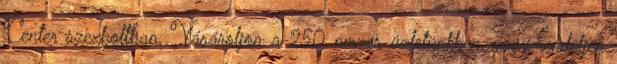
Center szexboltban. Vásároljon a 250 nm-es üzletünkben, vagy rendeljen